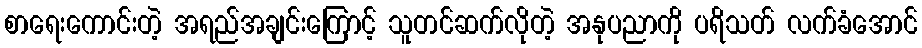
စာရေးကောင်းတဲ့ အရည်အချင်းကြောင့် သူတင်ဆက်လိုတဲ့ အနုပညာကို ပရိသတ် လက်ခံအောင်